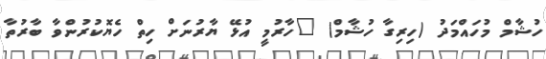
ހުޝާމް މުހައްމަދު (ހިރިގާ ހުޝާމް) "ހާރުމީ އުޅޭ ޔާރުނަށް ހިތް ހެޔޮކުރުންވާ ބާރުތާ